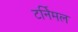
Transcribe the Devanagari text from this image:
टर्निमल